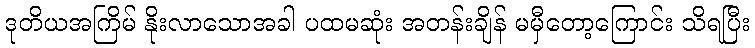
ဒုတိယအကြိမ် နိုးလာသောအခါ ပထမဆုံး အတန်းချိန် မမှီတော့ကြောင်း သိရပြီး